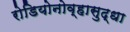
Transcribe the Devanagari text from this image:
रोडियोनोव्हासुद्धा